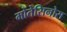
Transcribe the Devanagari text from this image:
मोंतेसिनोस